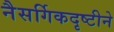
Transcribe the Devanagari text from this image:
नैसर्गिकदृष्टीने